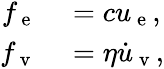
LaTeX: \begin{array}{rl}{f_{\mathrm{~e~}}}&{{}=cu_{\mathrm{~e~}},}\\ {f_{\mathrm{~v~}}}&{{}=\eta\dot{u}_{\mathrm{~v~}},}\end{array}